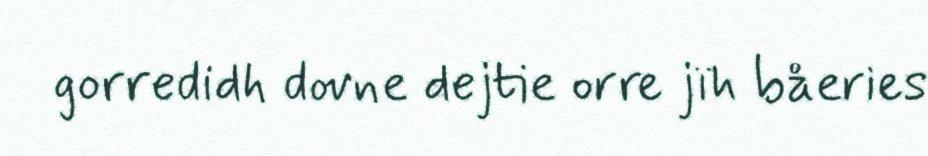
gorredidh dovne dejtie orre jïh båeries